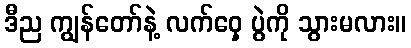
ဒီည ကျွန်တော်နဲ့ လက်ဝှေ့ ပွဲကို သွားမလား။